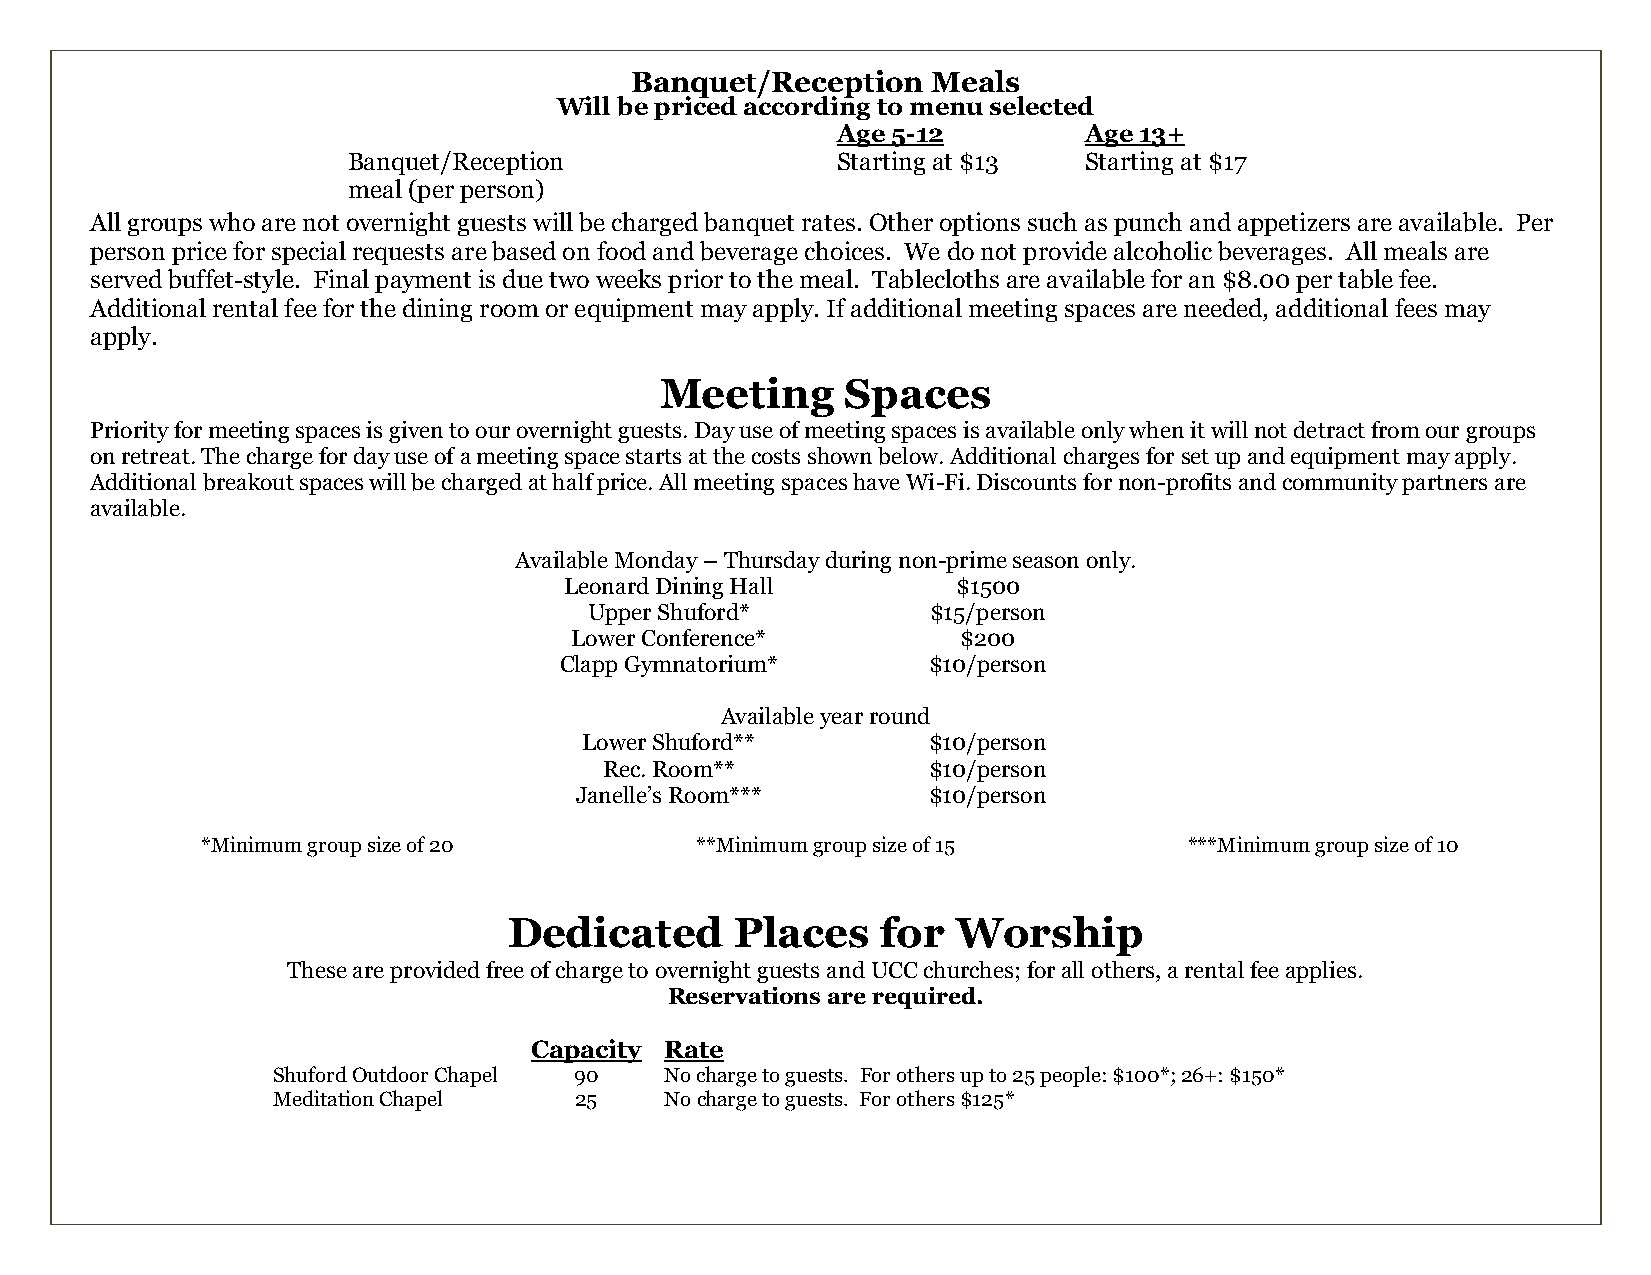
Banquet/Reception   Meals
 Will be priced according to menu selected
 Age 5-12         Age 13+
 Banquet/Reception               Starting at $13  Starting at $17
 meal (per person)
 All groups who are not overnight guests will be charged banquet rates. Other options such as punch and appetizers are available. Per
 person price for special requests are based on food and beverage choices. We do not provide alcoholic beverages. All meals are
 served buffet-style. Final payment is due two weeks prior to the meal. Tablecloths are available for an $8.00 per table fee.
 Additional rental fee for the dining room or equipment may apply. If additional meeting spaces are needed, additional fees may
 apply.
 Meeting     Spaces
 Priority for meeting spaces is given to our overnight guests. Day use of meeting spaces is available only when it will not detract from our groups
 on retreat. The charge for day use of a meeting space starts at the costs shown below. Additional charges for set up and equipment may apply.
 Additional breakout spaces will be charged at half price. All meeting spaces have Wi-Fi. Discounts for non-profits and community partners are
 available.
 Available Monday – Thursday during non-prime season only.
 Leonard Dining Hall       $1500
 Upper Shuford*         $15/person
 Lower Conference*         $200
 Clapp Gymnatorium*      $10/person
 Available year round
 Lower Shuford**       $10/person
 Rec. Room**          $10/person
 Janelle’s Room***      $10/person
 *Minimum group size of 20        **Minimum group size of 15       ***Minimum group size of 10
 Dedicated      Places   for  Worship
 These are provided free of charge to overnight guests and UCC churches; for all others, a rental fee applies.
 Reservations are required.
 Capacity Rate
 Shuford Outdoor Chapel 90 No charge to guests. For others up to 25 people: $100*; 26+: $150*
 Meditation Chapel   25    No charge to guests. For others $125*